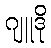
ဂျူဒို